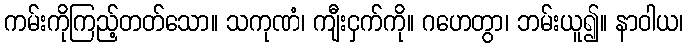
ကမ်းကိုကြည့်တတ်သော။ သကုဏံ၊ ကျီးငှက်ကို။ ဂဟေတွာ၊ ဘမ်းယူ၍။ နာဝါယ၊